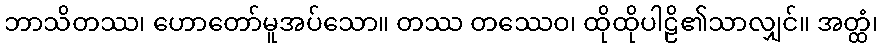
ဘာသိတဿ၊ ဟောတော်မူအပ်သော။ တဿ တဿေဝ၊ ထိုထိုပါဠိ၏သာလျှင်။ အတ္ထံ၊